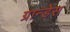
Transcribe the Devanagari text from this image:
ग्रान्डेस